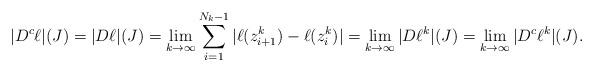
LaTeX: \begin{align*} |D^{c} \ell|(J)= | D \ell | (J) = \lim _{k \rightarrow \infty} \sum_{i=1}^{N_{k} -1} | \ell (z_{i+1}^{k}) - \ell(z_{i}^{k}) | = \lim_{k \rightarrow \infty} |D \ell^{k} | (J) =\lim_{k \rightarrow \infty} |D^{c} \ell^{k}|(J).\end{align*}